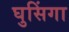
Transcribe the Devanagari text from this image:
घुसिंगा